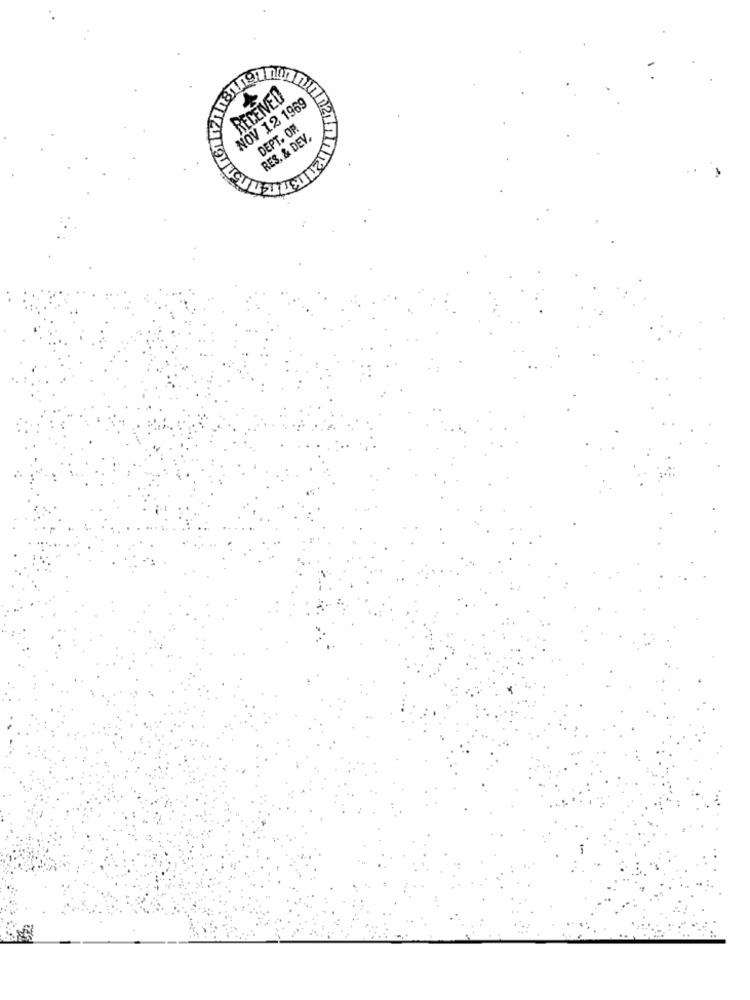
RECEIVED
NOV 12 1969
DEPT. OF
RES, & DEV.